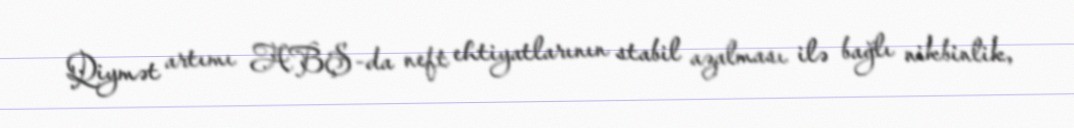
Qiymət artımı ABŞ-da neft ehtiyatlarının stabil azalması ilə bağlı nikbinlik,